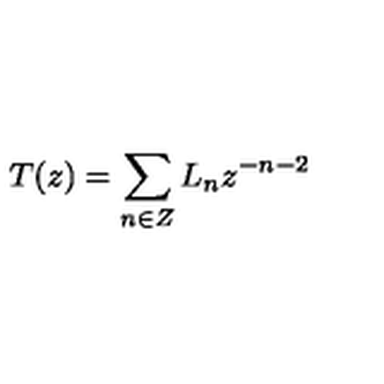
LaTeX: T ( z ) = \sum _ { n \in Z } L _ { n } z ^ { - n - 2 }